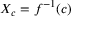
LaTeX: X _ { c } = f ^ { - 1 } ( c )